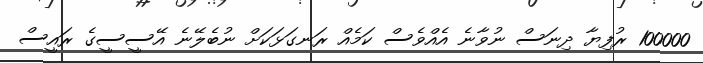
100000 ރުފިޔާ ދިނަސް ނުވާނެ އެއްވެސް ކަމެއް ރަނގަޅަކަށް ނުބެލޭނެ އޭސީސީގެ ރައީސް